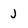
Character: J